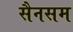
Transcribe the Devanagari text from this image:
सैनसम